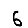
Digit: 6